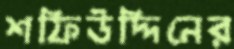
শফিউদ্দিনের